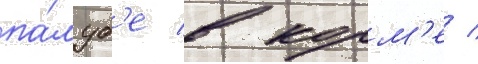
па́луб'е в корм'е /